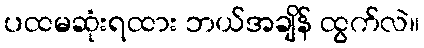
ပထမဆုံးရထား ဘယ်အချိန် ထွက်လဲ။